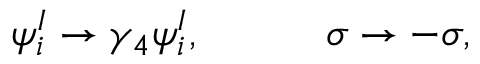
\psi _ { i } ^ { I } \rightarrow \gamma _ { 4 } \psi _ { i } ^ { I } , \qquad \quad \sigma \rightarrow - \sigma ,